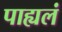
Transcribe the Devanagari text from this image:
पाह्यलं